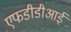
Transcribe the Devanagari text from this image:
एफडीडीआई